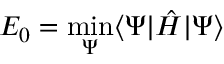
E _ { 0 } = \operatorname* { m i n } _ { \Psi } \langle \Psi | \hat { H } | \Psi \rangle